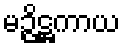
မဉ္ဇိဋ္ဌကာယ